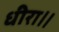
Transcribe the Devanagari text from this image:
धीरा॥